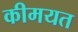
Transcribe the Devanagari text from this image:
कीमयत